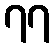
၇၇